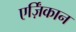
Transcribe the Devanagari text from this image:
एर्ज़िंकान